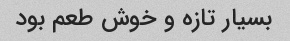
بسیار تازه و خوش طعم بود